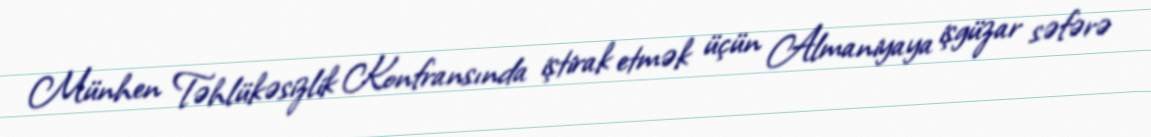
Münhen Təhlükəsizlik Konfransında iştirak etmək üçün Almaniyaya işgüzar səfərə